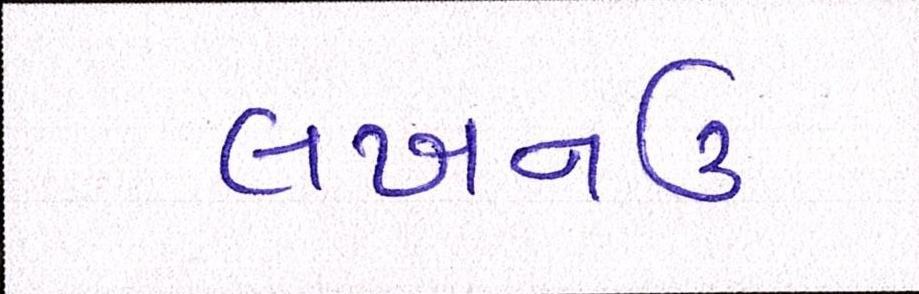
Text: લખનઉ